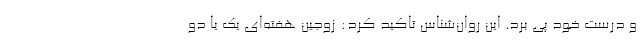
و درست خود پی برد. این روان‌شناس تاکید کرد: زوجین هفته‌ای یک یا دو